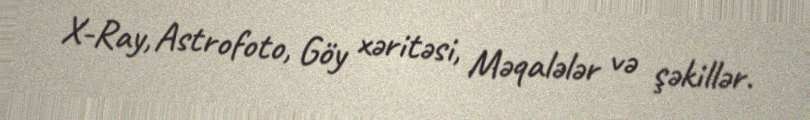
X-Ray, Astrofoto, Göy xəritəsi, Məqalələr və şəkillər.